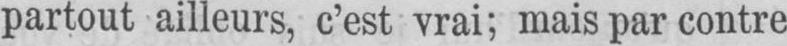
partout ailleurs, c’est vrai; mais par contre